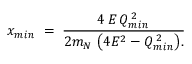
x _ { m i n } \; = \; { \frac { 4 \, E \, Q _ { m i n } ^ { \, 2 } } { { 2 m _ { N } \, \left( { 4 E ^ { 2 } - Q _ { m i n } ^ { \, 2 } } \right) } . } }